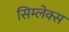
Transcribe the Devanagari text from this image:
सिम्लेक्स